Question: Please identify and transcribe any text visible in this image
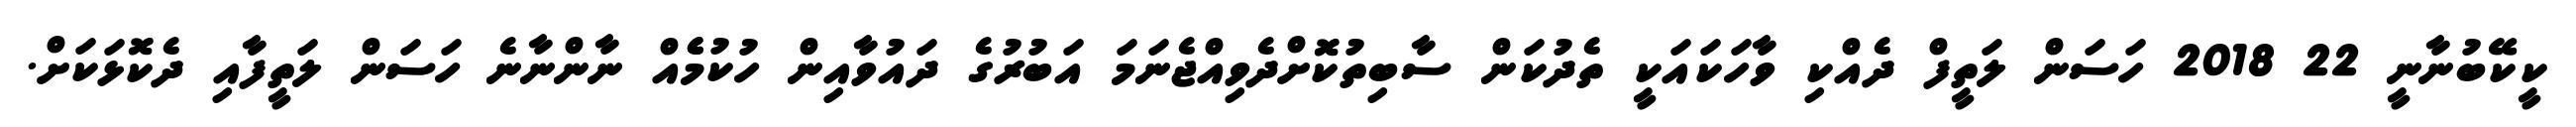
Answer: ކީކޭބުނާނީ 22 2018 ހަސަން ލަތީފް ދެއްކި ވާހަކައަކީ ތެދުކަން ސާބިތުކޮށްދެވިއްޖެނަމަ އަބުރުގެ ދައުވާއިން ހުކުމެެއް ނާންނާނެ ހަސަން ލަތީފާއި ދެކޮޅަކަށް.